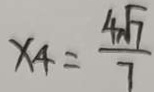
x _ { 4 } = \frac { 4 \sqrt { 7 } } { 7 }